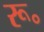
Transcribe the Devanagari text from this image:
रू॰